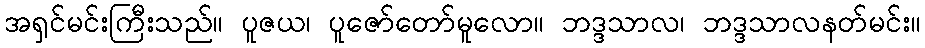
အရှင်မင်းကြီးသည်။ ပူဇယ၊ ပူဇော်တော်မူလော။ ဘဒ္ဒသာလ၊ ဘဒ္ဒသာလနတ်မင်း။